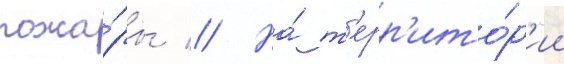
пожа́ры // На́ т'ерр'ито́р'ии